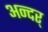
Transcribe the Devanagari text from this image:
अन्दर्